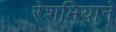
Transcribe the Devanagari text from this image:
रेशमियाने